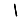
Digit: 1